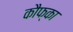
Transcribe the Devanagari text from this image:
कौफ्का